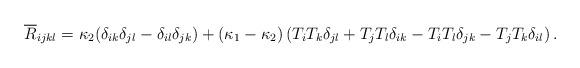
LaTeX: \begin{align*}\overline{R}_{ijkl}=\kappa_2(\delta_{ik}\delta_{jl} - \delta_{il}\delta_{jk})+(\kappa_1-\kappa_2)\left( T_iT_k\delta_{jl}+T_jT_l\delta_{ik}-T_iT_l\delta_{jk} - T_jT_k\delta_{il} \right).\end{align*}